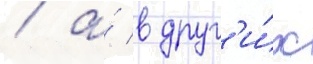
/ а́ в друг'и́х